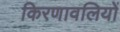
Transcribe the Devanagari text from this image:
किरणावलियों